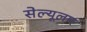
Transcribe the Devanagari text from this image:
सेल्यूलार